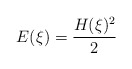
\begin{align*}E(\xi) = \frac{H(\xi)^2}2 \end{align*}